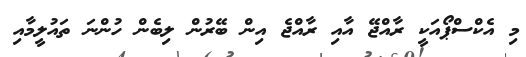
މި އެކްސްޕޯއަކީ ރާއްޖޭ އާއި ރާއްޖެ އިން ބޭރުން ލިބެން ހުންނަ ތައުލީމާއި